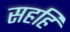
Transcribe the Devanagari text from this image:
सहहि